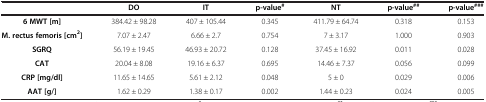
|  | DO | IT | p-value# | NT | p-value## | p-value### |
 | --- | --- | --- | --- | --- | --- | --- |
 | 6 MWT [m] | 384.42 ± 98.28 | 407 ± 105.44 | 0.345 | 411.79 ± 64.74 | 0.318 | 0.153 |
 | M. rectus femoris [cm2] | 7.07 ± 2.47 | 6.66 ± 2.7 | 0.754 | 7 ± 3.17 | 1.000 | 0.903 |
 | SGRQ | 56.19 ± 19.45 | 46.93 ± 20.72 | 0.128 | 37.45 ± 16.92 | 0.011 | 0.028 |
 | CAT | 20.04 ± 8.08 | 19.16 ± 6.37 | 0.695 | 14.46 ± 7.37 | 0.056 | 0.099 |
 | CRP [mg/dl] | 11.65 ± 14.65 | 5.61 ± 2.12 | 0.048 | 5 ± 0 | 0.029 | 0.006 |
 | AAT [g/] | 1.62 ± 0.29 | 1.38 ± 0.17 | 0.002 | 1.44 ± 0.23 | 0.024 | 0.005 |